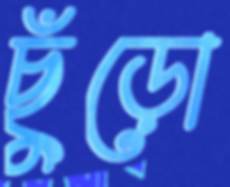
ছুঁড়ো